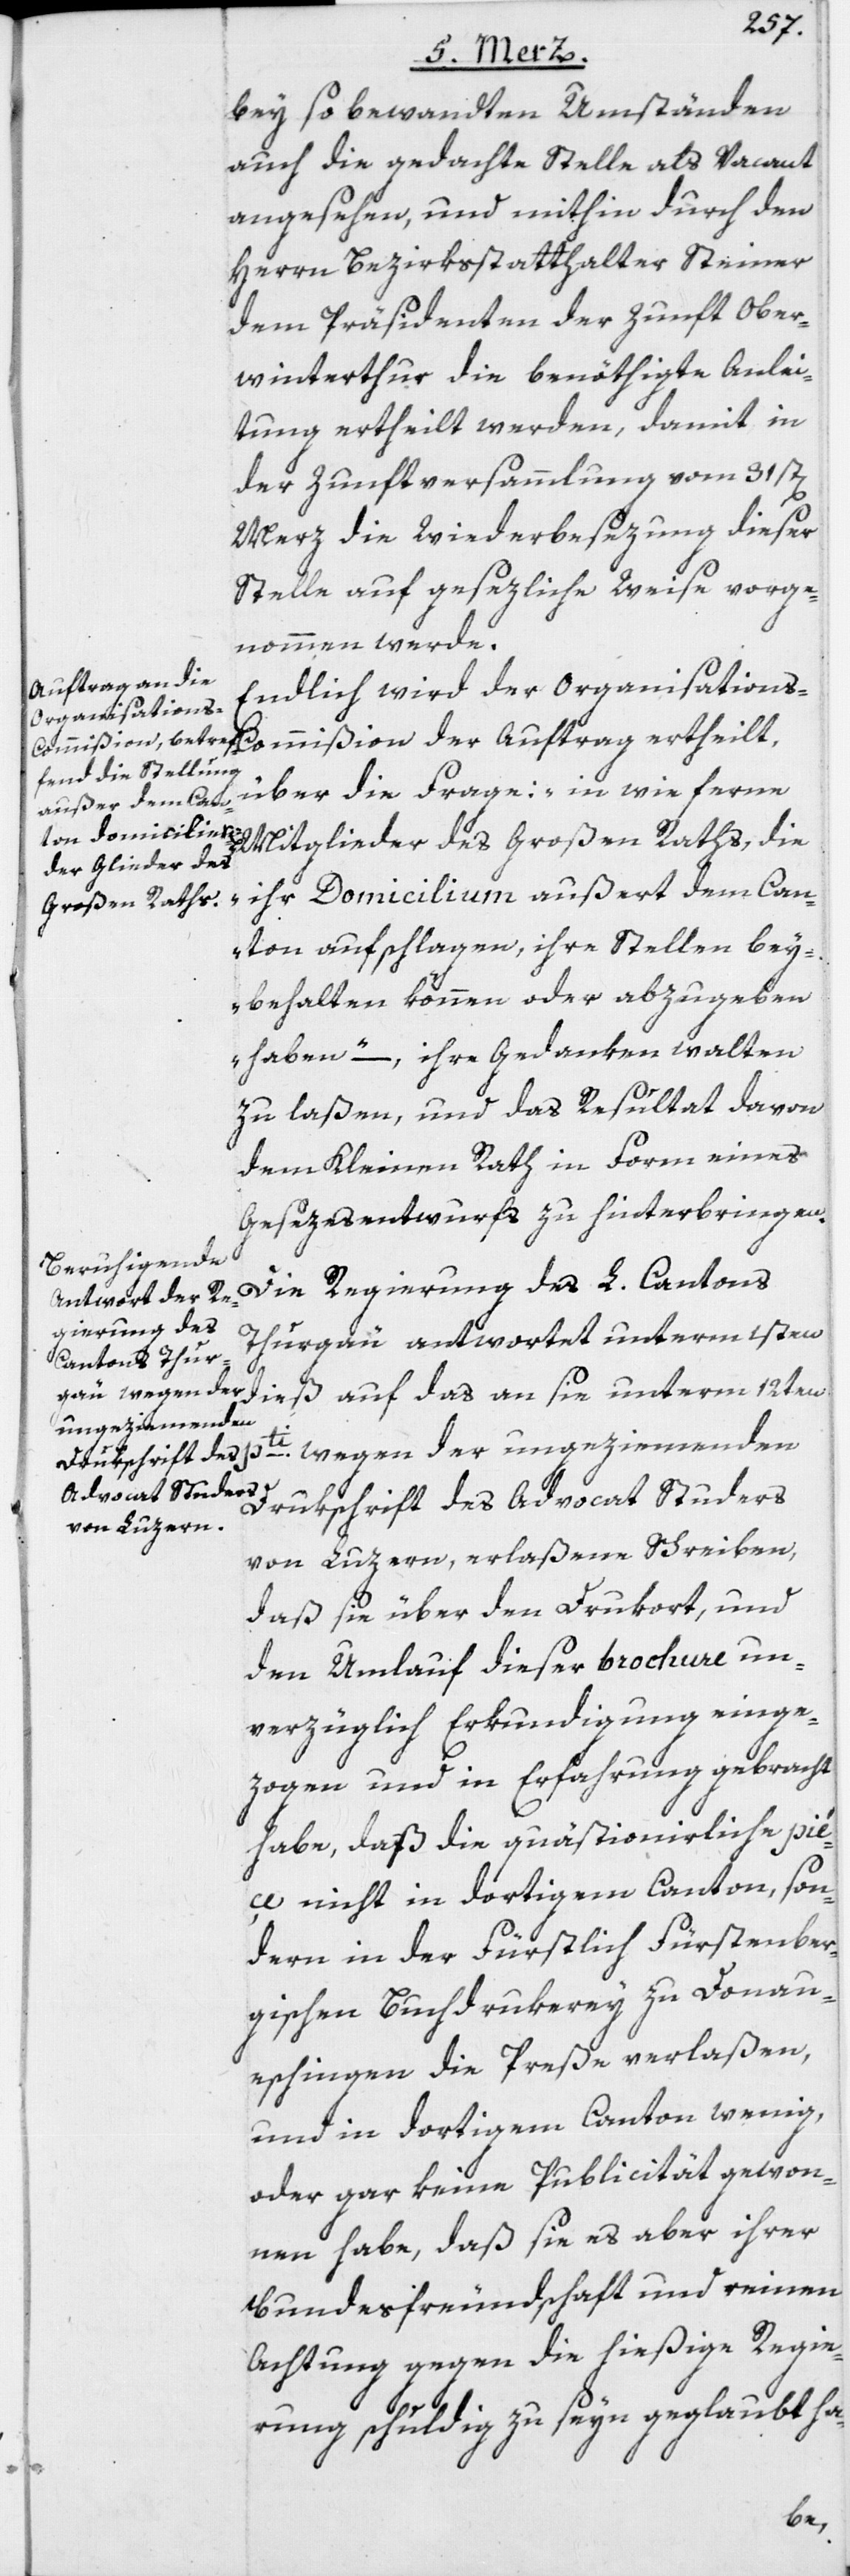
bey so bewandten Umständen
auch die gedachte Stelle als Vacant
angesehen, und mithin durch den
Herrn Bezirksstatthalter Steiner
dem Präsidenten der Zunft Ober¬
winterthur die benöthigte Anlei¬
tung ertheilt werden, damit in
der Zunftversammlung vom 31st[en]
Merz die Wiederbesezung dieser
Stelle auf gesezliche Weise vorge¬
nommen werde.
Endlich wird der Organisations-C¬
ommißion der Auftrag ertheilt,
über die Frage: „in wie ferne
Mitglieder des Großen Raths, die
ihr Domicilium außert dem Can¬
ton aufschlagen, ihre Stellen bey¬
behalten können oder abzugeben
haben“ –, ihre Gedanken walten
zu laßen, und das Resultat davon
dem Kleinen Rath in Form eines
Gesezesentwurfs zu hinterbringen.
Die Regierung des L. Cantons
Thurgau antwortet unterm 1sten
dieß auf das an sie unterm 12ten
pti. wegen der ungeziemenden
Drukschrift des Advocat Studers
von Luzern, erlaßene Schreiben,
daß sie über den Drukort, und
den Umlauf dieser brochure un¬
verzüglich Erkundigung einge¬
zogen und in Erfahrung gebracht
habe, daß die quästionirliche piéç¬
e nicht in dortigem Canton, son¬
dern in der Fürstlich Fürstenber¬
gischen Buchdrukerey zu Donau¬
eschingen die Preße verlaßen,
und in dortigem Canton wenig,
oder gar keine Publicität gewon¬
nen habe, daß sie es aber ihrer
Bundesfreundschaft und reinen
Achtung gegen die hießige Regie¬
rung schuldig zu seyn geglaubt ha-